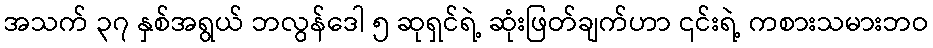
အသက် ၃၇ နှစ်အရွယ် ဘလွန်ဒေါ ၅ ဆုရှင်ရဲ့ ဆုံးဖြတ်ချက်ဟာ ၎င်းရဲ့ ကစားသမားဘဝ